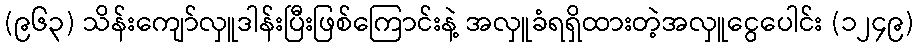
(၉၆၃) သိန်းကျော်လှူဒါန်းပြီးဖြစ်ကြောင်းနဲ့ အလှူခံရရှိထားတဲ့အလှူငွေပေါင်း (၁၂၄၉)